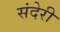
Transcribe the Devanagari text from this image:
संदेरी